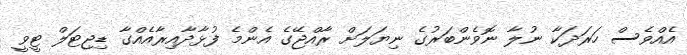
އެއްވެސް ހަރަދަކާ ނުލާ ނޮވެންބަރުގެ ނިޔަލަށް ރާއްޖޭގެ އެންމެ ފުޅާދާއިރާއެއްގާ ޑިޖިޓަލް ޓީވީ